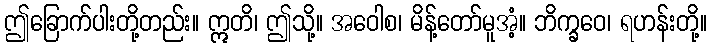
ဤခြောက်ပါးတို့တည်း။ ဣတိ၊ ဤသို့။ အဝေါစ၊ မိန့်တော်မူအံ့။ ဘိက္ခဝေ၊ ရဟန်းတို့။